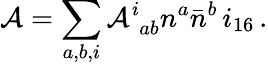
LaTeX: {\cal A}=\sum_{a,b,i}{\cal A}_{\, \, ab}^{i}n^{a}{\bar{n}}^{b}\, i_{16}\, .